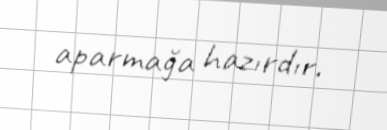
aparmağa hazırdır.